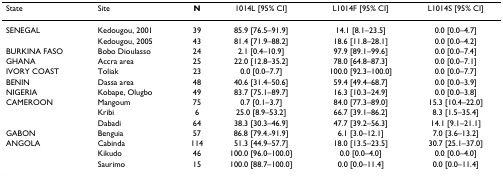
| State | Site | N | 1014L [95% CI] | L1014F [95% CI] | L1014S [95% CI] |
 | --- | --- | --- | --- | --- | --- |
 | SENEGAL | Kedougou, 2001 | 39 | 85.9 [76.5–91.9] | 14.1 [8.1–23.5] | 0.0 [0.0–4.7] |
 |  | Kedougou, 2005 | 43 | 81.4 [71.9–88.2] | 18.6 [11.8–28.1] | 0.0 [0.0–4.2] |
 | BURKINA FASO | Bobo Dioulasso | 24 | 2.1 [0.4–10.9] | 97.9 [89.1–99.6] | 0.0 [0.0–7.4] |
 | GHANA | Accra area | 25 | 22.0 [12.8–35.2] | 78.0 [64.8–87.3] | 0.0 [0.0–7.1] |
 | IVORY COAST | Toliak | 23 | 0.0 [0.0–7.7] | 100.0 [92.3–100.0] | 0.0 [0.0–7.7] |
 | BENIN | Dassa area | 48 | 40.6 [31.4–50.6] | 59.4 [49.4–68.7] | 0.0 [0.0–3.9] |
 | NIGERIA | Kobape, Olugbo | 49 | 83.7 [75.1–89.7] | 16.3 [10.3–24.9] | 0.0 [0.0–3.8] |
 | CAMEROON | Mangoum | 75 | 0.7 [0.1–3.7] | 84.0 [77.3–89.0] | 15.3 [10.4–22.0] |
 |  | Kribi | 6 | 25.0 [8.9–53.2] | 66.7 [39.1–86.2] | 8.3 [1.5–35.4] |
 |  | Dabadi | 64 | 38.3 [30.3–46.9] | 47.7 [39.2–56.3] | 14.1 [9.1–21.1] |
 | GABON | Benguia | 57 | 86.8 [79.4.-91.9] | 6.1 [3.0–12.1] | 7.0 [3.6–13.2] |
 | ANGOLA | Cabinda | 114 | 51.3 [44.9–57.7] | 18.0 [13.5–23.5] | 30.7 [25.1–37.0] |
 |  | Kikudo | 46 | 100.0 [96.0–100.0] | 0.0 [0.0–4.0] | 0.0 [0.0–4.0] |
 |  | Saurimo | 15 | 100.0 [88.7–100.0] | 0.0 [0.0–11.4] | 0.0 [0.0–11.4] |